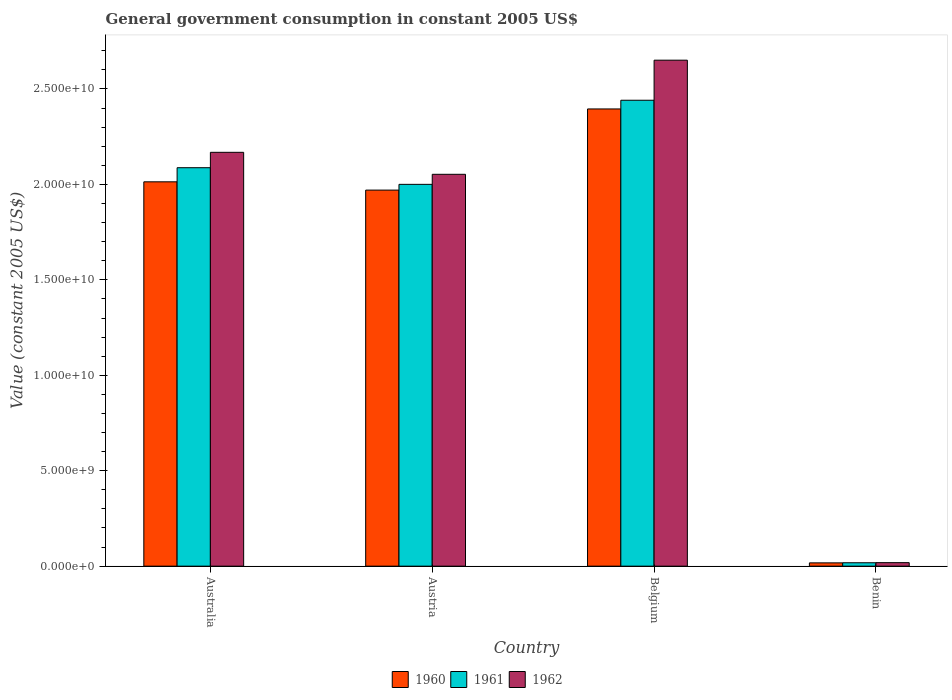
| Country | 1960 | 1961 | 1962 |
 | --- | --- | --- | --- |
 | Australia | 2.01e+10 | 2.09e+10 | 2.17e+10 |
 | Austria | 1.97e+10 | 2e+10 | 2.05e+10 |
 | Belgium | 2.4e+10 | 2.44e+10 | 2.65e+10 |
 | Benin | 1.73e+08 | 1.79e+08 | 1.85e+08 |